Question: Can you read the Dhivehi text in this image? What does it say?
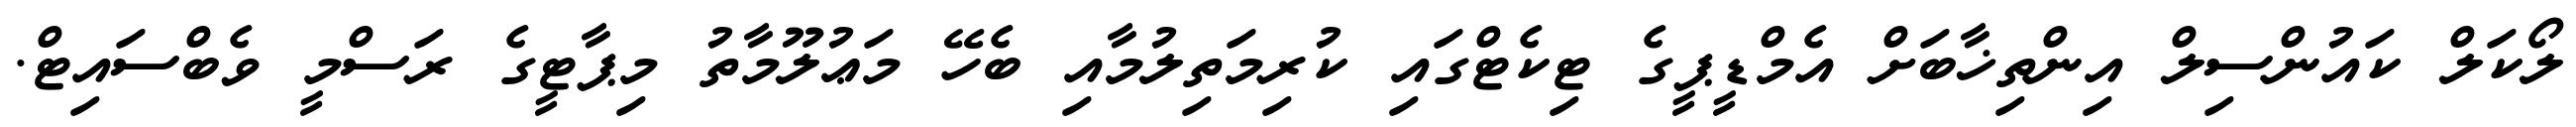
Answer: ލޯކަލް ކައުންސިލް އިންތިޚާބަށް އެމްޑީޕީގެ ޓިކެޓްގައި ކުރިމަތިލުމާއި ބެހޭ މަޢުލޫމާތު މިޕާޓީގެ ރަސްމީ ވެބްސައިޓް.